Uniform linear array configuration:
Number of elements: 12
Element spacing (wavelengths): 0.5
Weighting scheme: exponential
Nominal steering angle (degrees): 0
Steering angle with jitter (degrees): -0.6232
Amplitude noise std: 0.05
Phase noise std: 0.05

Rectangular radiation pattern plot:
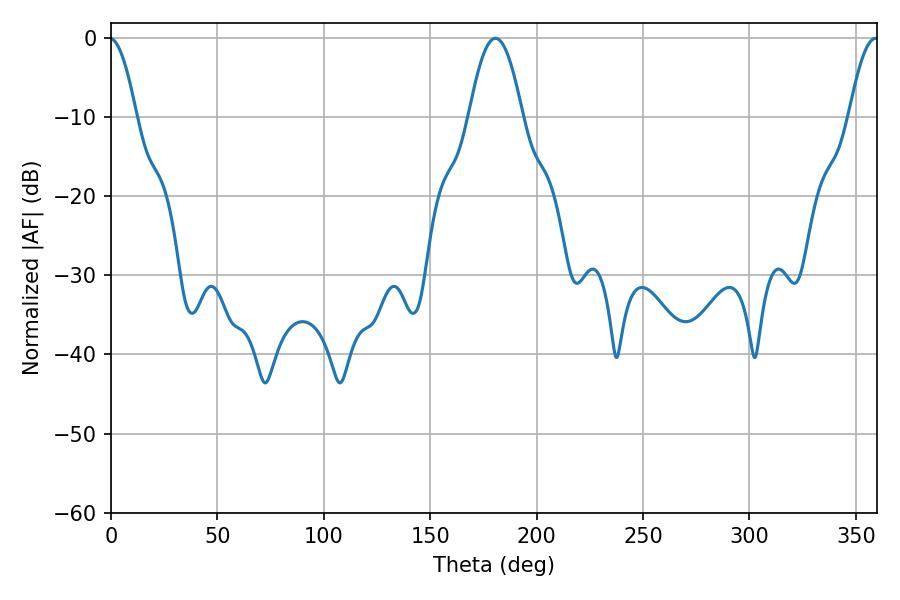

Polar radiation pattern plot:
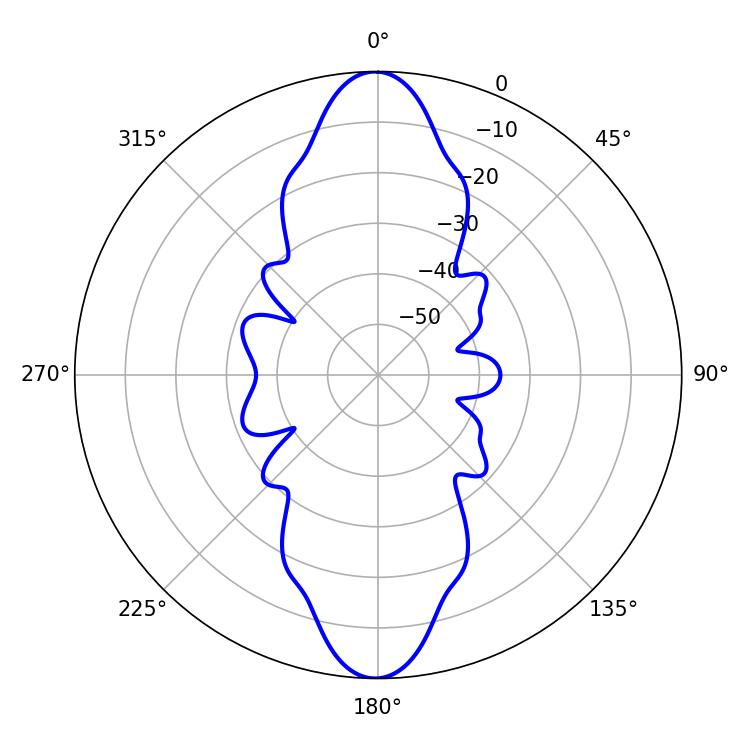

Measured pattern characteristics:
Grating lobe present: FALSE
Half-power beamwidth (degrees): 13.68
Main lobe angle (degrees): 180.72